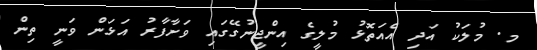
މ. މުލަކު އަދި އެއަތޮޅު މުލީގެ އިންޖީނުގޭގައި ވަށާފާރު އަޅަން ވަނީ ތިން